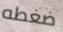
ضغطه